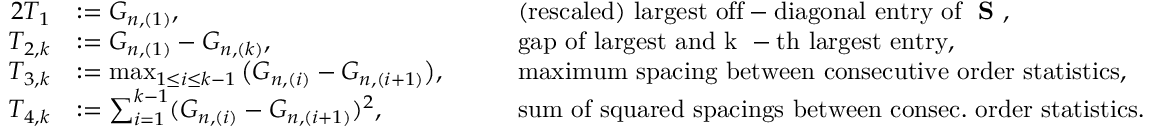
\begin{array} { r l r l } { { 2 } T _ { 1 } } & { : = G _ { n , ( 1 ) } , \quad } & & { \mathrm { ( r e s c a l e d ) ~ l a r g e s t ~ o f f - d i a g o n a l ~ e n t r y ~ o f ~ { \bf ~ S } ~ , } } \\ { T _ { 2 , k } } & { : = G _ { n , ( 1 ) } - G _ { n , ( k ) } , } & & { \mathrm { g a p ~ o f ~ l a r g e s t ~ a n d ~ k ~ - t h ~ l a r g e s t ~ e n t r y , } } \\ { T _ { 3 , k } } & { : = \operatorname* { m a x } _ { 1 \leq i \leq k - 1 } \big ( G _ { n , ( i ) } - G _ { n , ( i + 1 ) } \big ) , \quad } & & { \mathrm { m a x i m u m ~ s p a c i n g ~ b e t w e e n ~ c o n s e c u t i v e ~ o r d e r ~ s t a t i s t i c s , } } \\ { T _ { 4 , k } } & { : = \sum _ { i = 1 } ^ { k - 1 } ( G _ { n , ( i ) } - G _ { n , ( i + 1 ) } ) ^ { 2 } , } & & { \mathrm { s u m ~ o f ~ s q u a r e d ~ s p a c i n g s ~ b e t w e e n ~ c o n s e c . \ o r d e r ~ s t a t i s t i c s . } } \end{array}